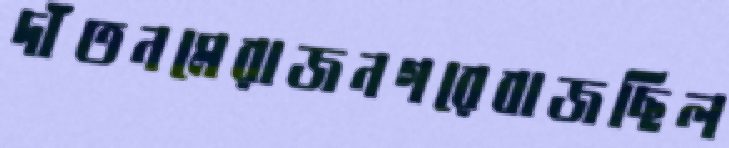
দাঁতনমেরাজনগরেবাজছিল